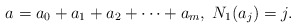
\begin{align*}a= a_0 + a_1 + a_2 + \dots + a_m, \; N_1(a_j) = j.\end{align*}